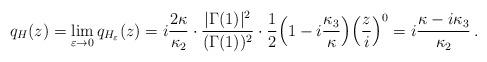
LaTeX: \begin{align*}q_H(z) = \lim_{\varepsilon\to0}q_{H_\varepsilon}(z)= i\frac{2\kappa}{\kappa_2}\cdot\frac{|\Gamma(1)|^2}{(\Gamma(1))^2}\cdot\frac{1}{2}\Bigl(1-i\frac{\kappa_3}{\kappa}\Bigr)\Bigl(\frac{z}{i}\Bigr)^0= i\frac{\kappa-i\kappa_3}{\kappa_2}\,.\end{align*}